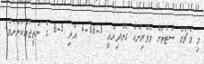
މި މެޗުގެ ސެޓުތަށް ވަވްރިންކާ ގެންދިޔައީ 3-66-4 އަދި 3-6 ގެ ނަތީޖާއަކުންނެވެ.